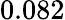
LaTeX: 0.082